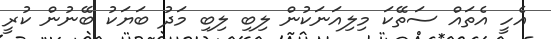
އެހީ އެތައް ސަތޭކަ މިލިއަނަކުން ލިބި ލިބި މަދު ބަޔަކު ބޭނުން ކުރީ